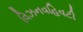
વિઝનવહિવટી